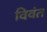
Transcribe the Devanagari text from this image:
विवंत